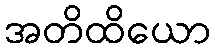
အတိထိယော